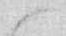
候